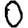
Digit: 0